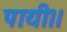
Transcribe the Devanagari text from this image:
पायी।।